Civil Veterinary Department Bihar reports 1940-50 - 1940-1950
Year: 1940
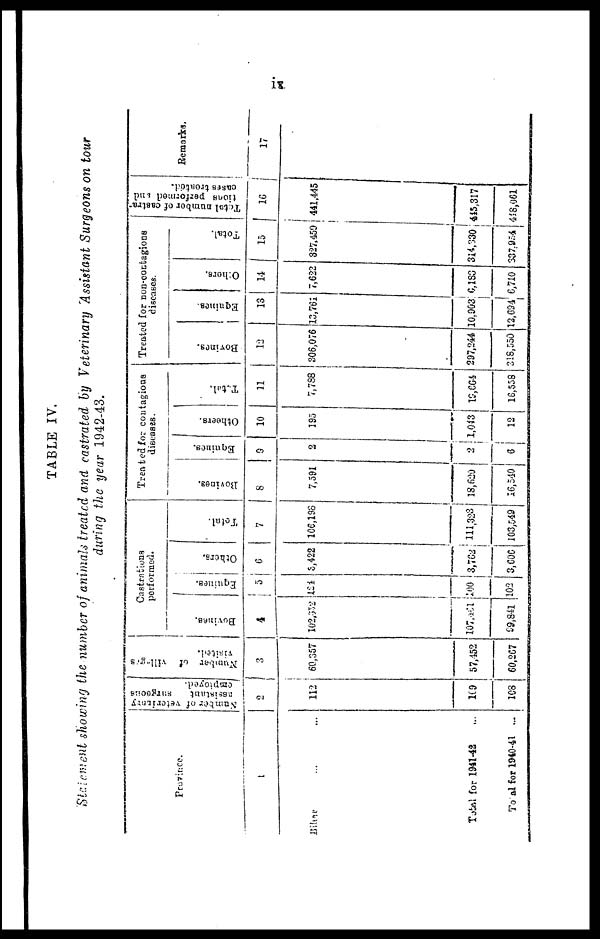
i x.
TABLE IV.
Statement showing the number of animals treated and castrated by Veterinary Assistant Surgeons on tour
during the year 1942-43.
Province.
1
Bihar ... ...
Total for 1941-42 ...
Total for 1940-41 ...
Number of veterinary
assistant
surgeons
employed.
2
112
109
108
Number of villages
visited.
3
60,357
57,452
60,267
Castrations
performed.
Bovines.
4
102,032
107,461
99,841
Equities.
5
124
100
102
Others.
6
3,422
3,762
3,606
Total.
7
106,198
111,323
103,549
Treated for contagious
diseases.
Bovines.
8
7,591
18,620
16,540
Equines.
9
2
2
6
Otheers.
10
195
1,043
12
Total.
11
7,788
19,664
16,558
Treated for non-contagious
diseases.
Bovines.
12
306,076
297,244
318,550
Equines.
13
13,761
10,903
12,694
Others.
14
7,622
6,183
6,710
Total.
15
327,459
314,330
337,954
Total
number
of castra-
tions performed and
cases treated.
16
441,445
445,317
448,061
Remarks.
17